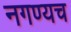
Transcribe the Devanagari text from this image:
नगण्यच